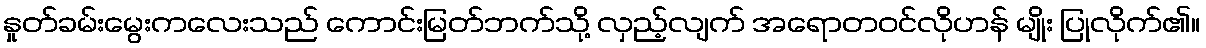
နှုတ်ခမ်းမွေးကလေးသည် ကောင်းမြတ်ဘက်သို့ လှည့်လျက် အရောတဝင်လိုဟန် မျိုး ပြုလိုက်၏။